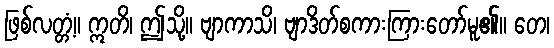
ဖြစ်လတ္တံ့။ ဣတိ၊ ဤသို့။ ဗျာကာသိ၊ ဗျာဒိတ်စကားကြားတော်မူ၏။ တေ၊